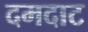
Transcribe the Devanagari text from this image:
दमदाट